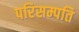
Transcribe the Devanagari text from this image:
परिसम्पति